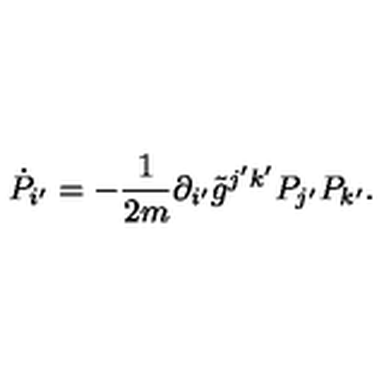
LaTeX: \dot { P } _ { i ^ { \prime } } = - \frac { 1 } { 2 m } \partial _ { i ^ { \prime } } \tilde { g } ^ { j ^ { \prime } k ^ { \prime } } P _ { j ^ { \prime } } P _ { k ^ { \prime } } .